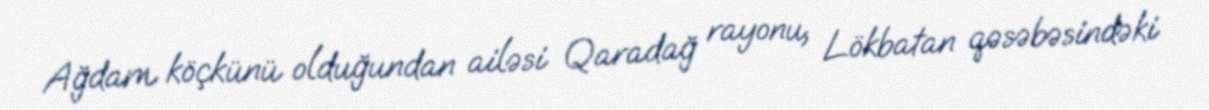
Ağdam köçkünü olduğundan ailəsi Qaradağ rayonu, Lökbatan qəsəbəsindəki